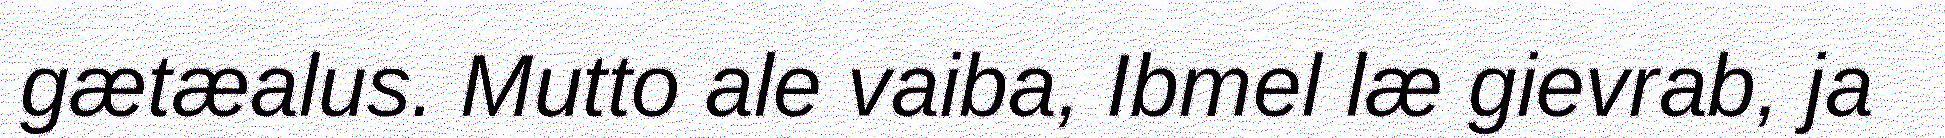
gætæalus. Mutto ale vaiba, Ibmel læ gievrab, ja